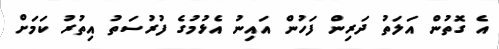
އެ ގޮތުން އަލަތު ދަރިން ފަހުން އައިނު އެޅުމުގެ ފުރުސަތު އިތުރު ކަމަށް